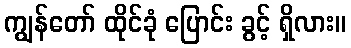
ကျွန်တော် ထိုင်ခုံ ပြောင်း ခွင့် ရှိလား။